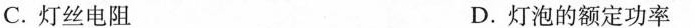
C.灯丝电阻 D.灯泡的额定功率